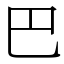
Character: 巴